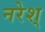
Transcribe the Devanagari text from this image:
नरेश्